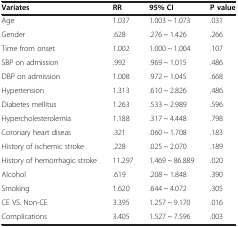
| Variates | RR | 95% CI | P value |
 | --- | --- | --- | --- |
 | Age | 1.037 | 1.003 ~ 1.073 | .031 |
 | Gender | .628 | .276 ~ 1.426 | .266 |
 | Time from onset | 1.002 | 1.000 ~ 1.004 | .107 |
 | SBP on admission | .992 | .969 ~ 1.015 | .486 |
 | DBP on admission | 1.008 | .972 ~ 1.045 | .668 |
 | Hypertension | 1.313 | .610 ~ 2.826 | .486 |
 | Diabetes mellitus | 1.263 | .533 ~ 2.989 | .596 |
 | Hypercholesterolemia | 1.188 | .317 ~ 4.448 | .798 |
 | Coronary heart diseas | .321 | .060 ~ 1.708 | .183 |
 | History of ischemic stroke | .228 | .025 ~ 2.070 | .189 |
 | History of hemorrhagic stroke | 11.297 | 1.469 ~ 86.889 | .020 |
 | Alcohol | .619 | .208 ~ 1.848 | .390 |
 | Smoking | 1.620 | .644 ~ 4.072 | .305 |
 | CE VS. Non-CE | 3.395 | 1.257 ~ 9.170 | .016 |
 | Complications | 3.405 | 1.527 ~ 7.596 | .003 |